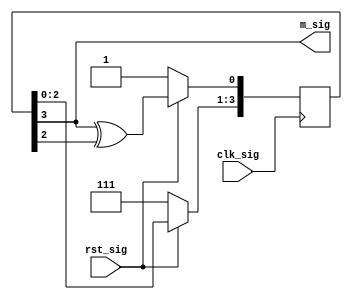
// ************************************************************
//
// Design Name: ConvCode
// Module Name: mseries.v
// Tool versions: VsCode
// Description: M 
// Parameter:
// 1. M: M  2-16
// Input:
// 1. clk_sig: 
// 2. reset_sig: 
// Output:
// 1. m_sig: M 
// ************************************************************
module mseries #(
    parameter M = 4  // parameter range from 2 to 16
) (
    input  wire clk_sig,
    input  wire rst_sig,
    output wire m_sig
);

    reg [(M-1):0] m_r;

    initial begin
        m_r = ~(0);
    end

    always @(posedge clk_sig) begin
        if (rst_sig == 0) begin  // negedge reset
            m_r <= ~(0);
        end else begin
            m_r <= m_r << 1'b1;  // shift reg
            case (M)
                2: m_r[0] <= m_r[1] ^ m_r[0];
                3: m_r[0] <= m_r[2] ^ m_r[1];
                4: m_r[0] <= m_r[3] ^ m_r[2];
                5: m_r[0] <= m_r[4] ^ m_r[2];
                6: m_r[0] <= m_r[5] ^ m_r[4];
                7: m_r[0] <= m_r[6] ^ m_r[3];
                8: m_r[0] <= m_r[7] ^ m_r[5] ^ m_r[4] ^ m_r[3];
                9: m_r[0] <= m_r[8] ^ m_r[4];
                10: m_r[0] <= m_r[9] ^ m_r[6];
                11: m_r[0] <= m_r[10] ^ m_r[8];
                12: m_r[0] <= m_r[11] ^ m_r[10] ^ m_r[7] ^ m_r[5];
                13: m_r[0] <= m_r[12] ^ m_r[11] ^ m_r[9] ^ m_r[8];
                14: m_r[0] <= m_r[13] ^ m_r[12] ^ m_r[7] ^ m_r[3];
                15: m_r[0] <= m_r[14] ^ m_r[13];
                16: m_r[0] <= m_r[15] ^ m_r[14] ^ m_r[12] ^ m_r[3];
                default: m_r[0] <= m_r[0];
            endcase
        end
    end

    assign m_sig = m_r[(M-1)];
endmodule